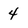
Character: 4